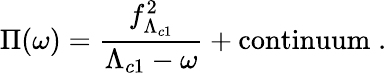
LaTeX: \Pi(\omega)={\frac{f_{\Lambda_{c1}}^{2}}{\Lambda_{c1}-\omega}}+\mathrm{continuum}\; .